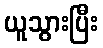
ယူသွားပြီး